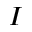
{ \cal I }